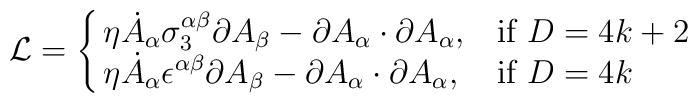
{\cal L} = \cases{\eta\dot A_\alpha\sigma_3^{\alpha\beta}\partial A_\beta - \partial A_\alpha\cdot\partial A_\alpha  ,&if $D=4k+2$\cr	\eta\dot A_\alpha\epsilon^{\alpha\beta}\partial A_\beta - \partial A_\alpha\cdot\partial A_\alpha,&if $D=4k$\cr}